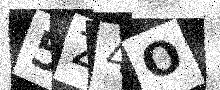
Text: 5Z4O